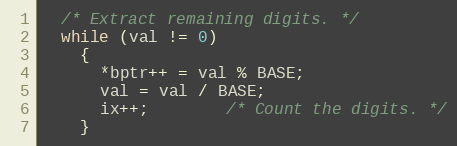
Language: C++
  /* Extract remaining digits. */
  while (val != 0)
    {
      *bptr++ = val % BASE;
      val = val / BASE;
      ix++; 		/* Count the digits. */
    }